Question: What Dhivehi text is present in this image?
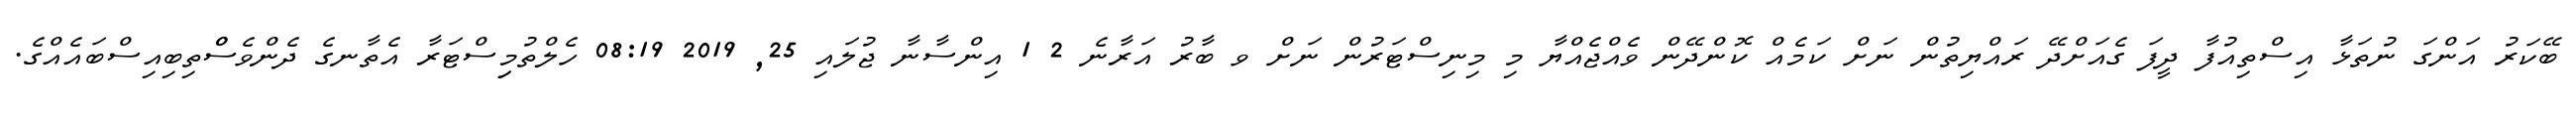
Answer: ބޭކަރު އަންގަ ނުތަޅާ އިސްތިއުފާ ދީފަ ގެއަށްދޭ ރައްޔިތުން ނަށް ކަމެއް ކޮންދޭން ވެއްޖެއްޔާ މި މިނިސްޓަރުން ނަށް ވ ބާރު އަރާނެ 2 1 އިންސާނާ ޖުލައި 25, 2019 08:19 ހެލްތުމިިސްޓަރާ އެތާނގެ ދެންވެސްްތިބިއިސްބައެއްގެ.